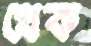
থেক